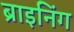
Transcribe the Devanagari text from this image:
ब्राइनिंग